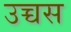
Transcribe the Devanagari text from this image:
उच्चस